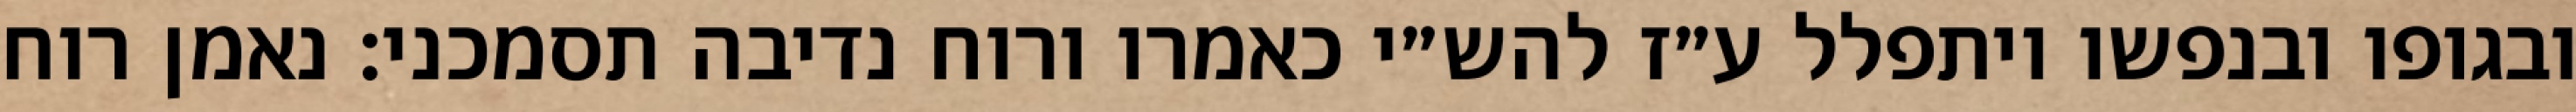
ובגופו ובנפשו ויתפלל ע״ז להש״י כאמרו ורוח נדיבה תסמכני: נאמן רוח